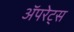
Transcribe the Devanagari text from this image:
अॅपरेट्स